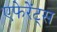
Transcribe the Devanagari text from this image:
एफेरेंट्स